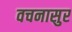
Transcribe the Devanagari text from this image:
वचनासुर